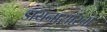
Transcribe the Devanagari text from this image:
डायनासॉरचा